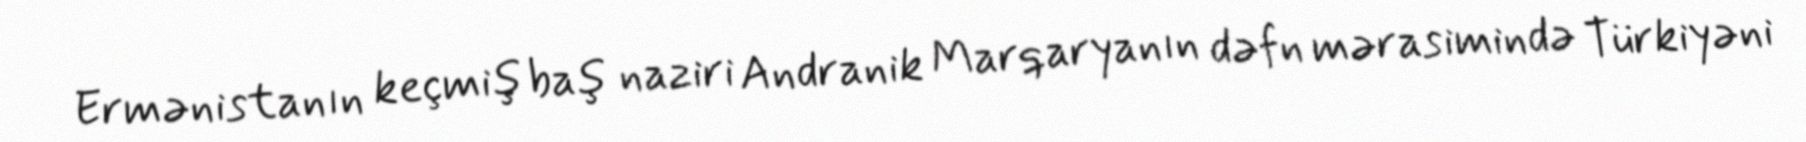
Ermənistanın keçmiş baş naziri Andranik Marqaryanın dəfn mərasimində Türkiyəni